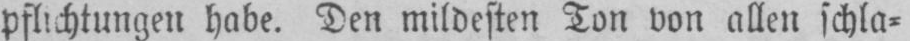
pflichtungen habe. Den mildesten Ton von allen schla⸗